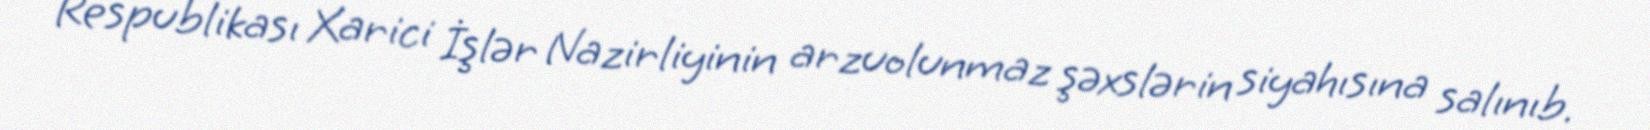
Respublikası Xarici İşlər Nazirliyinin arzuolunmaz şəxslərin siyahısına salınıb.